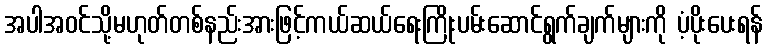
အပါအဝင်သို့မဟုတ်တစ်နည်းအားဖြင့်ကယ်ဆယ်ရေးကြိုးပမ်းဆောင်ရွက်ချက်များကို ပံ့ပိုးပေးရန်